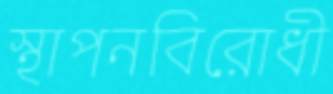
স্থাপনবিরোধী